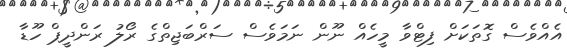
އެއްވެސް ގޮތަކަށް ފިޓްވާ މީހެއް ނޫން ނަމަވެސް ސަރްބަޖިތްގެ ރޯލު ރަންދީޕް ހޫޑާ